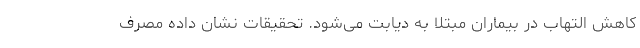
کاهش التهاب در بیماران مبتلا به دیابت می‌شود. تحقیقات نشان داده مصرف